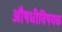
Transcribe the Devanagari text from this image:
औषधीविषयक